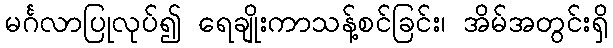
မင်္ဂလာပြုလုပ်၍ ရေချိုးကာသန့်စင်ခြင်း၊ အိမ်အတွင်းရှိ